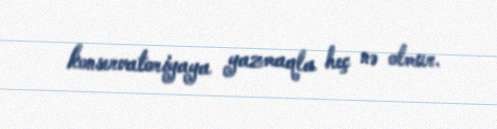
konservatoriyaya yazmaqla heç nə olmur.